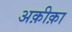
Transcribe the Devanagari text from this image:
अक़ीक़ा